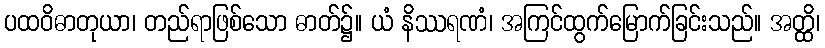
ပထဝိဓာတုယာ၊ တည်ရာဖြစ်သော ဓာတ်၌။ ယံ နိဿရဏံ၊ အကြင်ထွက်မြောက်ခြင်းသည်။ အတ္ထိ၊